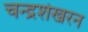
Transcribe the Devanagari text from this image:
चन्‍द्रशेखरन